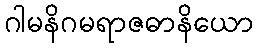
ဂါမနိဂမရာဇဓာနိယော